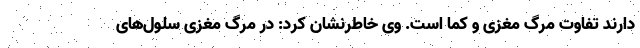
دارند تفاوت مرگ مغزی و کما است. وی خاطرنشان کرد: در مرگ مغزی سلول‌های